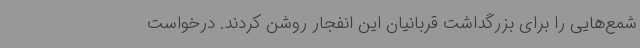
شمع‌هایی را برای بزرگداشت قربانیان این انفجار روشن کردند. درخواست